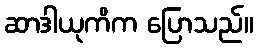
ဆာဒါယုကိက ပြောသည်။